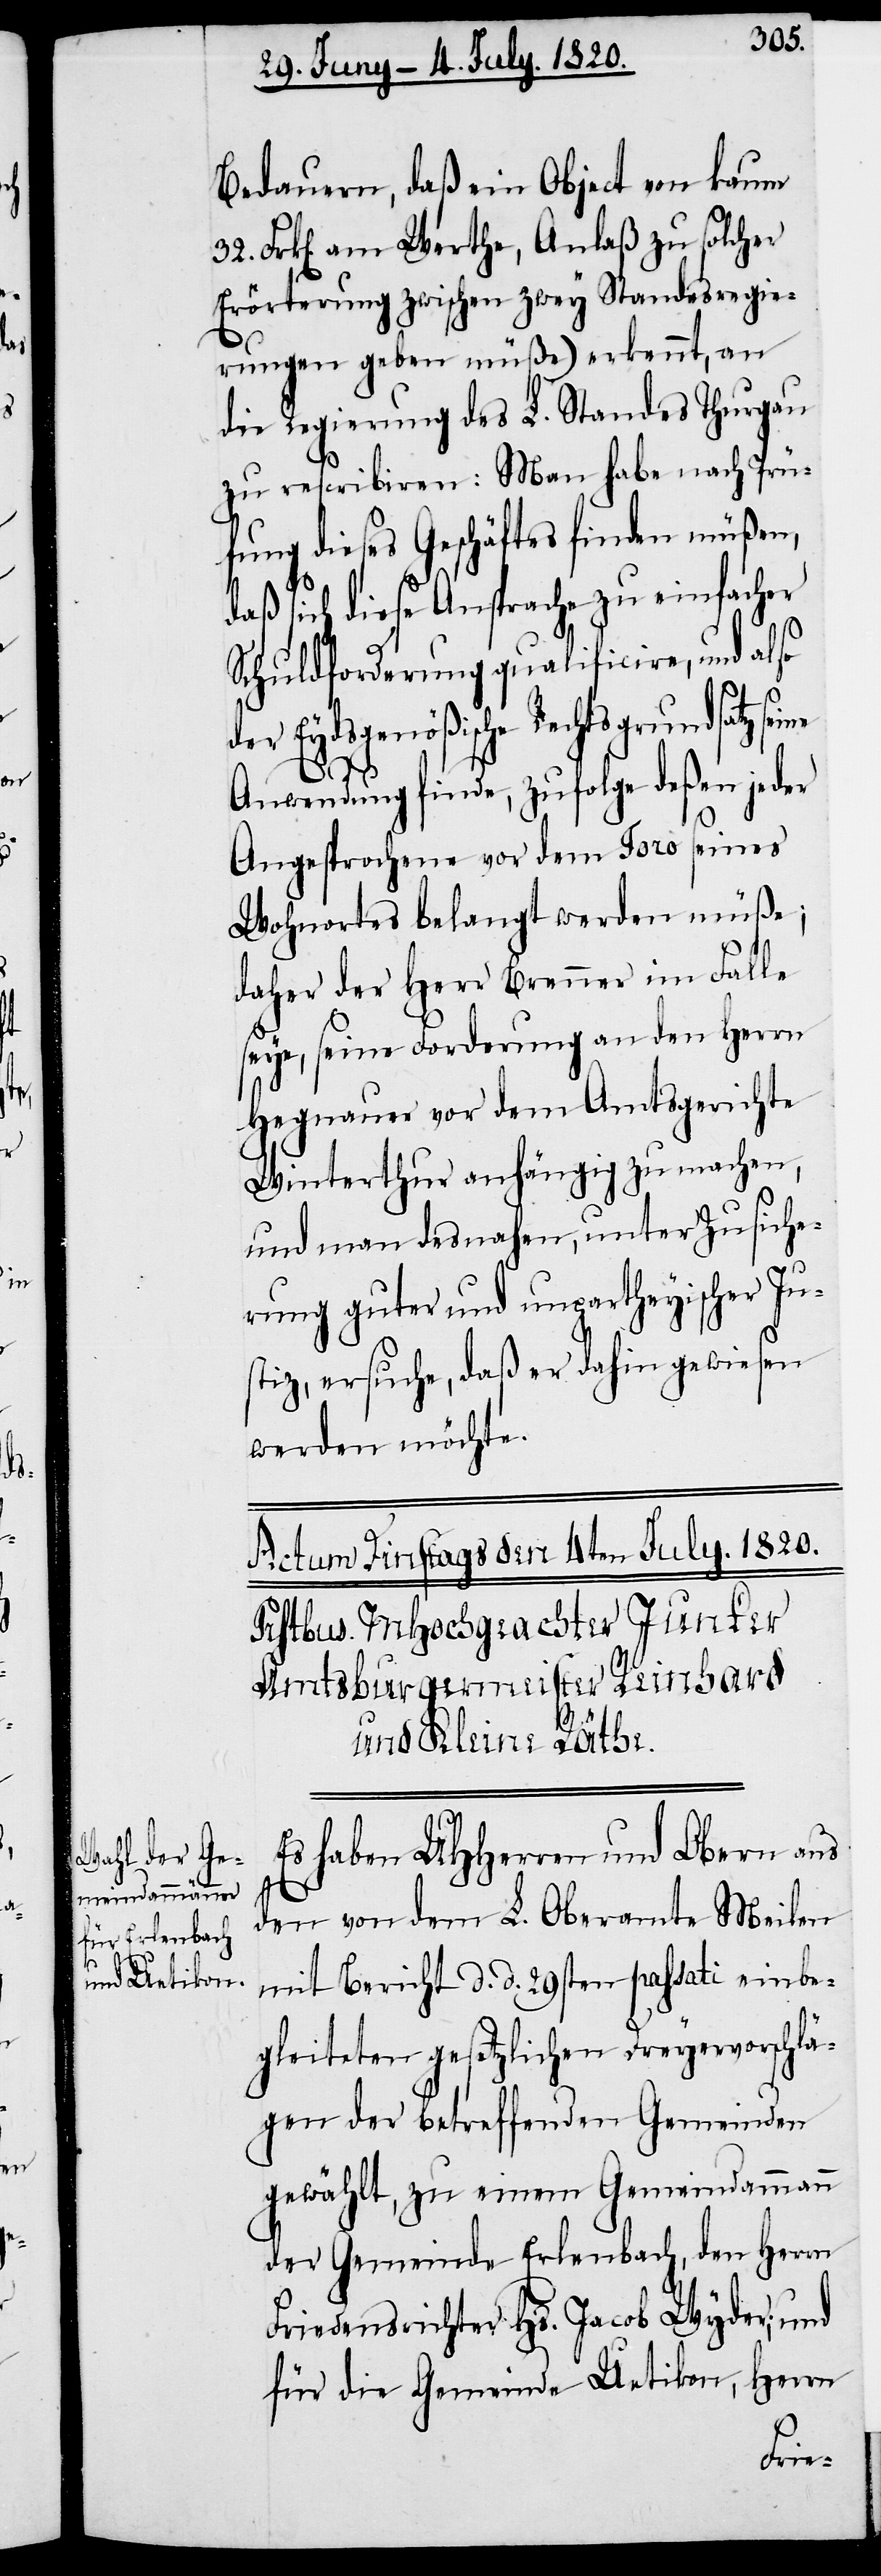
32.

Bedauern, daß ein Object von kaum
Frk[en]. am Werthe, Anlaß zu solcher
Erörterung zwischen zwey Standesregie¬
rungen geben müße) erkennt, an
die Regierung des L. Standes Thurgau
zu rescribieren: Man habe nach Prü¬
fung dieses Geschäftes finden müßen,
daß sich diese Ansprache zu einfacher
Schuldforderung qualificiere, und also
der Eydsgenößische Rechtsgrundsatz
Anwendung finde, zufolge deßen jeder
Angesprochene vor dem Toro [?
Wohnortes belangt werden müße;
daher der Herr Brenner im Falle
seye, seine Forderung an den Herrn
Hegnauer vor dem Amtsgerichte
Winterthur anhängig zu machen,
und man desnahen, unter Zusiche¬
rung guter und unpartheyischer Ju¬
stiz ersuche, daß er dahin gewiesen
werden möchte.
Es haben UHHerren und Obern aus
den von dem L. Oberamte Meilen
mit Bericht d. d. 29sten passati einbe¬
gleiteten gesetzlichen Dreyervorschlä¬
gen der betreffenden Gemeinden
gewählt, zu einem Gemeindammann
der Gemeinde Erlenbach, den Herrn
Friedensrichter Hs. Jacob Wyder; und
für die Gemeinde Uetikon, Herrn
seines